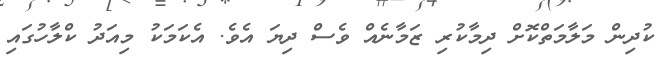
ކުދިން މަލާމަތްކޮށް ދިމާކުރި ޒަމާނެއް ވެސް ދިޔަ އެވެ. އެކަމަކު މިއަދު ކްލާހުގައި